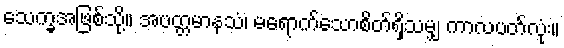
သေက္ခအဖြစ်သို့။ အပတ္တမာနသံ၊ မရောက်သောစိတ်ရှိသမျှ ကာလပတ်လုံး။